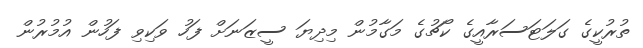
ތުރުކީގެ ގަލަޓަސަރާއީގެ ކޯޗުގެ މަގާމުން މިދިޔަ ސީޒަނަށް ފަހު ވަކިވި ފަހުން އުމުރުން